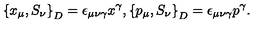
\left\{ x _ { \mu } , S _ { \nu } \right\} _ { D } = \epsilon _ { \mu \nu \gamma } x ^ { \gamma } , \left\{ p _ { \mu } , S _ { \nu } \right\} _ { D } = \epsilon _ { \mu \nu \gamma } p ^ { \gamma } .